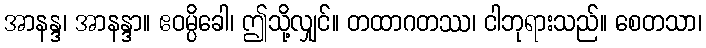
အာနန္ဒ၊ အာနန္ဒာ။ ဧဝမ္ပိခေါ၊ ဤသို့လျှင်။ တထာဂတဿ၊ ငါဘုရားသည်။ စေတသာ၊